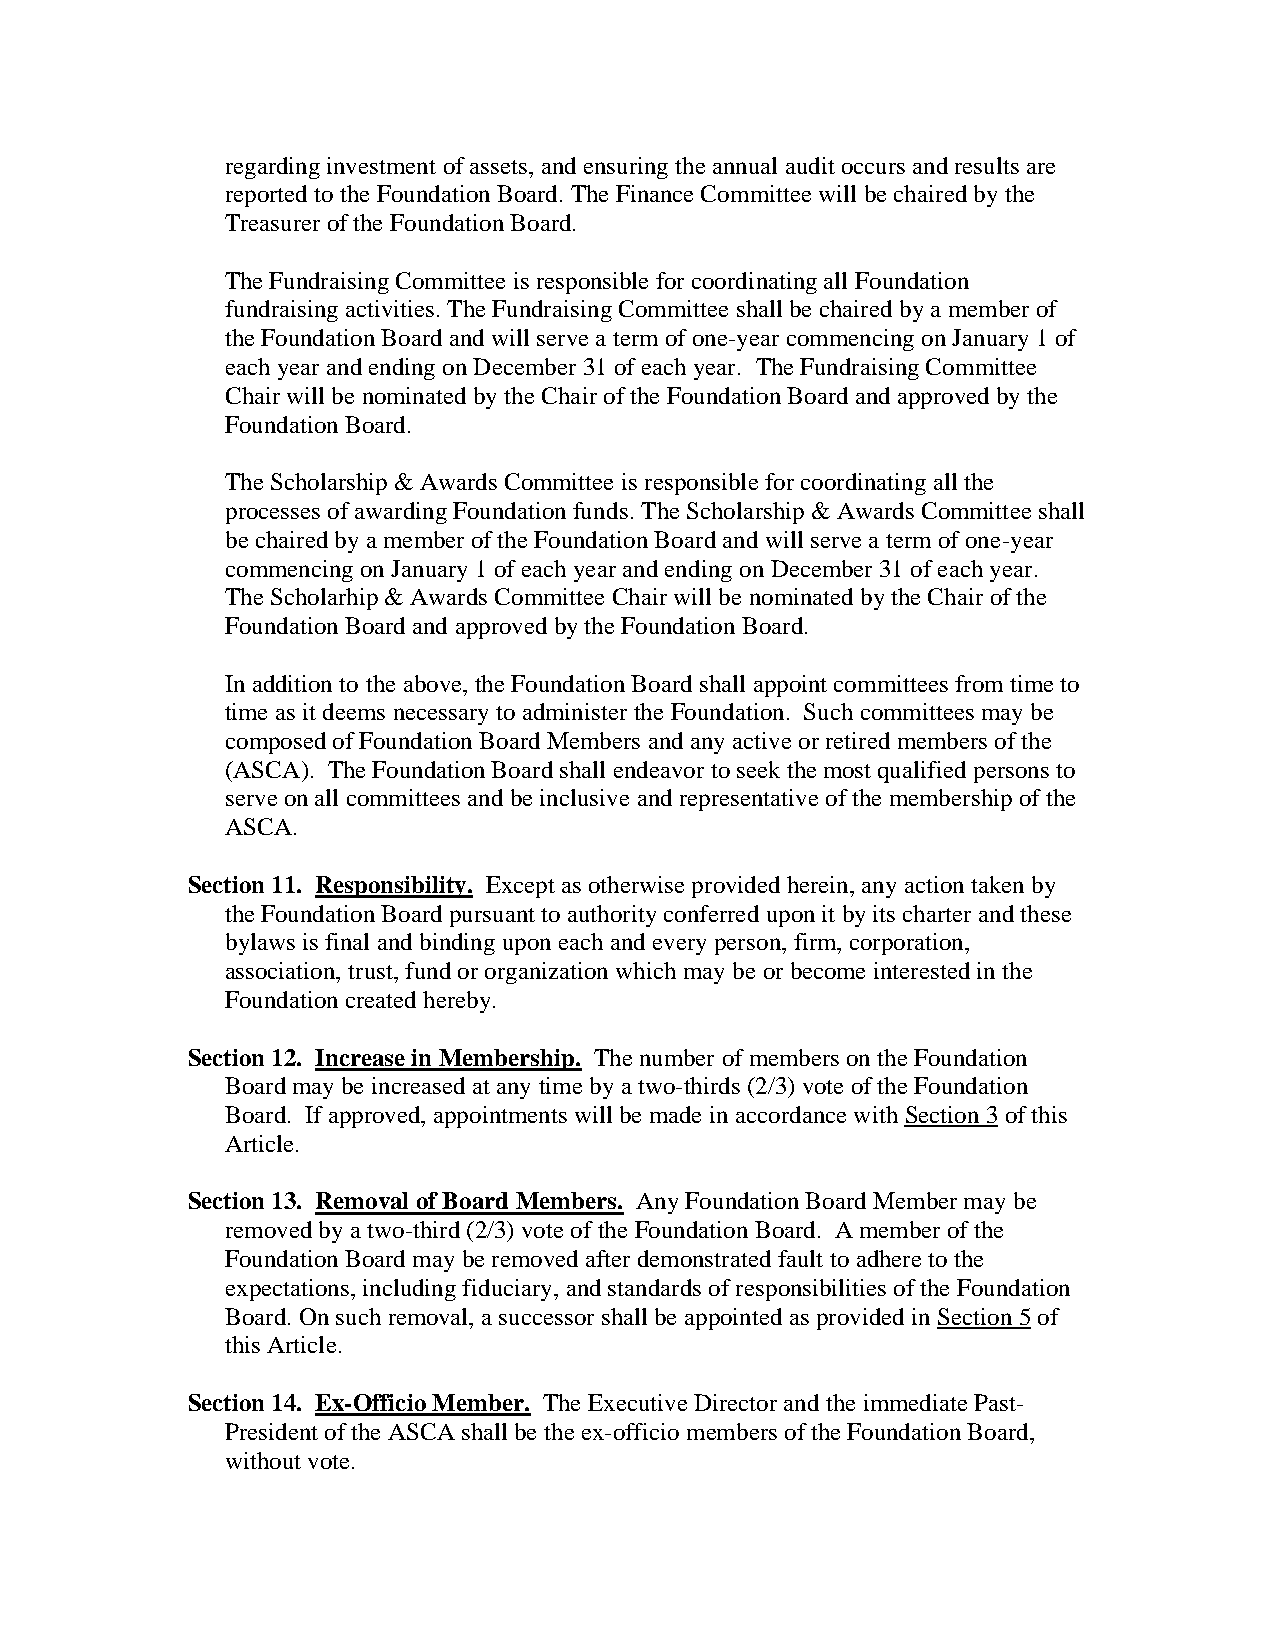
regarding investment of assets, and ensuring the annual audit occurs and results are
 reported to the Foundation Board. The Finance Committee will be chaired by the
 Treasurer of the Foundation Board.
 The Fundraising Committee is responsible for coordinating all Foundation
 fundraising activities. The Fundraising Committee shall be chaired by a member of
 the Foundation Board and will serve a term of one-year commencing on January 1 of
 each year and ending on December 31 of each year. The Fundraising Committee
 Chair will be nominated by the Chair of the Foundation Board and approved by the
 Foundation Board.
 The Scholarship & Awards Committee is responsible for coordinating all the
 processes of awarding Foundation funds. The Scholarship & Awards Committee shall
 be chaired by a member of the Foundation Board and will serve a term of one-year
 commencing on January 1 of each year and ending on December 31 of each year.
 The Scholarhip & Awards Committee Chair will be nominated by the Chair of the
 Foundation Board and approved by the Foundation Board.
 In addition to the above, the Foundation Board shall appoint committees from time to
 time as it deems necessary to administer the Foundation. Such committees may be
 composed of Foundation Board Members and any active or retired members of the
 (ASCA). The Foundation Board shall endeavor to seek the most qualified persons to
 serve on all committees and be inclusive and representative of the membership of the
 ASCA.
 Section 11. Responsibility. Except as otherwise provided herein, any action taken by
 the Foundation Board pursuant to authority conferred upon it by its charter and these
 bylaws is final and binding upon each and every person, firm, corporation,
 association, trust, fund or organization which may be or become interested in the
 Foundation created hereby.
 Section 12. Increase in Membership. The number of members on the Foundation
 Board may be increased at any time by a two-thirds (2/3) vote of the Foundation
 Board. If approved, appointments will be made in accordance with Section 3 of this
 Article.
 Section 13. Removal of Board Members. Any Foundation Board Member may be
 removed by a two-third (2/3) vote of the Foundation Board. A member of the
 Foundation Board may be removed after demonstrated fault to adhere to the
 expectations, including fiduciary, and standards of responsibilities of the Foundation
 Board. On such removal, a successor shall be appointed as provided in Section 5 of
 this Article.
 Section 14. Ex-Officio Member. The Executive Director and the immediate Past-
 President of the ASCA shall be the ex-officio members of the Foundation Board,
 without vote.